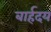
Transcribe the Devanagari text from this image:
बार्हदय